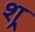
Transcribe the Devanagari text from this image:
श्र्